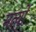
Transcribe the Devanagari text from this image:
मर्त्यो